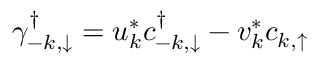
\gamma _ { - k , \downarrow } ^ { \dag } = u _ { k } ^ { * } c _ { - k , \downarrow } ^ { \dag } - v _ { k } ^ { * } c _ { k , \uparrow }